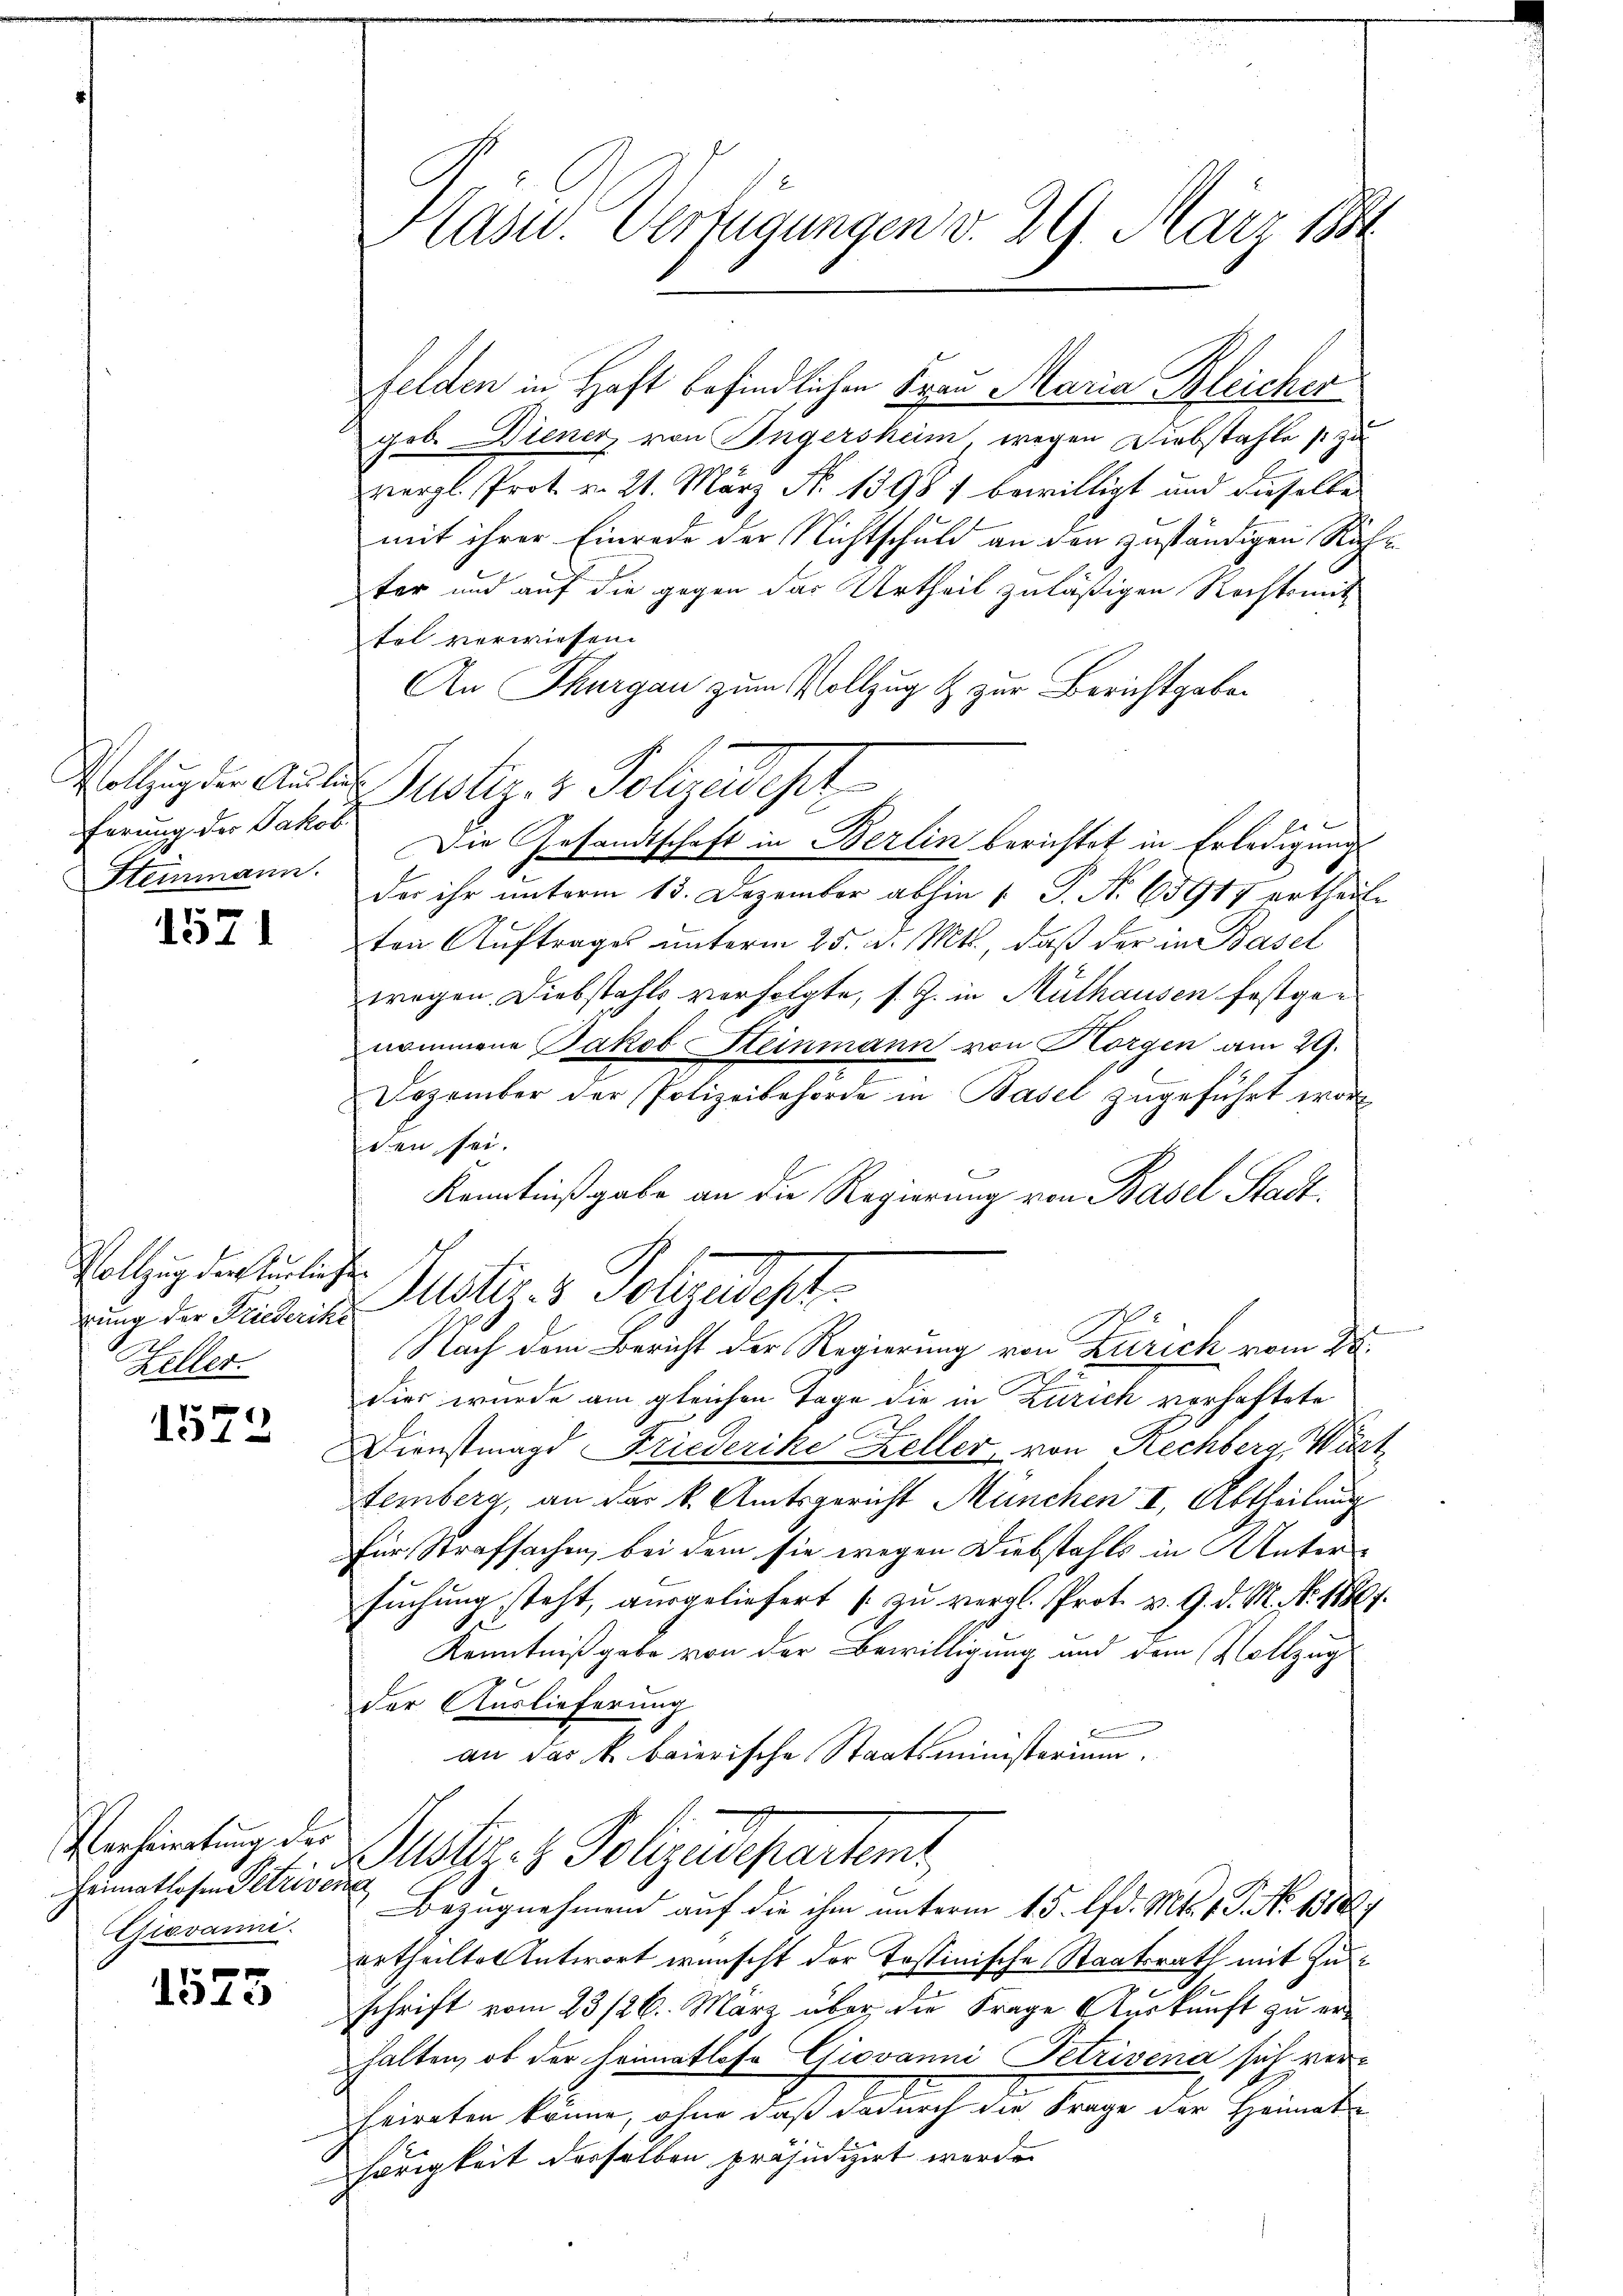
ferung des Jakob.
Steinmann.

1571

Vollzug der Hürlichen
rung der Friederika
h
Keller.

1572

Verheiratung der
Heimatlosen Petrisc
Giovanni.

1573

Hasu. Verfügungen v. 29. März 1884

Felden in Haft befindlichen Frau Maria Bleicher
gob. Diener von Ingersheim wegen Diebstahles zu
vergl. Prot. v. 21. März N. 13981 bewilligt und dieselbe
mit ihrer Einrede der Nichtschuld an den zuständigen Richter und auf die gegen das Urtheil zuläßigen Rechtsmit
tol verwiesen.
An Thurgau zum Vollzug & zur Berichtgebo¬
Die Gesandtschaft in Berlin berichtet in Erledigung
S.
der ihr unterm 13. Dezember abhin 1. P. N. 63917 ertheile
ten Auftrages unterm 25. d. Mts., daß der in Basel
wegen. Diebstahls verfolgte, s. Z. in Muthausen festgenommene Jakob Steinmann von Horgen am 29.
Dezember der Polizeibehörde in Basel zugeführt woreen sei.
Kenntnißgabe an die Regierung von Basel Stadt.
Justiz & Polizeidigt.
e
Nach dem Bericht der Regierung von Zürich vom 28.
dier wurde am gleichen Tage die in Zürich vorhaftete
C
Dienstmagd Friederike Keller von Rechberg, Würt
temberg, an das k. Amtsgericht München I, Abtheilung
für Strafsachen, bei dem sie wegen Diebstahls in Unter
suchung steht, ausgeliefert zu vergl. Prot. v. 9. d. M. Nr. 1880.
Kenntnißgabe von der Bewilligung und dem Vollzug
der Auslieferung
an das k. baierische Staatsministerium.
s
Justiz- & Polizeiseparteme
7
Bezugnahmend auf die ihm unterm 15. lfd. Mts. 1. P. No. 1818.
ertheilten Antwort wünscht der Tessinische Staatsrath mit Zu¬
 x
schrift vom 23/26. März über die Frage Auskunft zu er-
halten, ob der Heimatlosa Giovanni Petrivena sich verfriraten könne, ohne daß dadurch die Frage der Heimate
hörigkeit derselben präjudizirt werde.

Notzigen Ander Justiz- & Schneidest